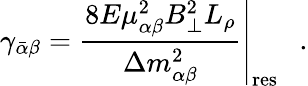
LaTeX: \gamma_{\bar{\alpha}\beta}=\left.{\frac{8E\mu_{\alpha\beta}^{2}B_{\perp}^{2}L_{\rho}}{\Delta m_{\alpha\beta}^{2}}}\right|_{\mathrm{res}}~~~.